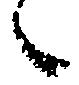
候